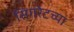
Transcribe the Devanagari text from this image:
सिगरेटच्या